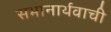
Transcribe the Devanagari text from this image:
सभानार्थवाची